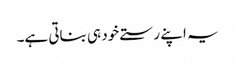
یہ اپنے رستے خود ہی بناتی ہے۔